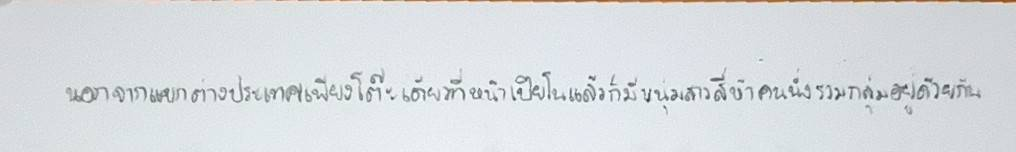
นอกจากแขกต่างประเทศเพียงโต๊ะเดียวที่หน้าเปียโนแล้วก็มีหนุ่มสาวสี่ห้าคนนั่งรวมกลุ่มอยู่ด้วยกัน